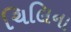
ચિલિના